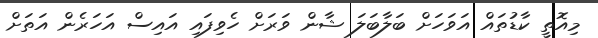
މިއޮތީ ކާޑުތައް އަވަހަށް ބަލާބަލަ ޝާން ވަރަށް ހެވިފައި އައިސް އަހަރެން އަތަށް